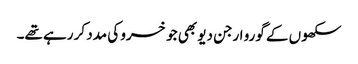
سکھوں کے گورو ارجن دیو بھی جو خسرو کی مدد کر رہے تھے۔